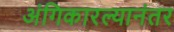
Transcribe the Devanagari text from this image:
अंगिकारल्यानंतर